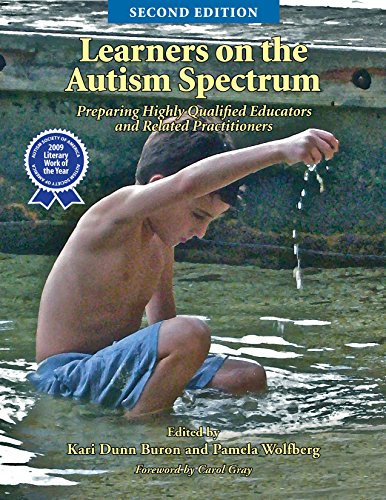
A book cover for Learners on the Autism Spectrum: Preparing Highly Qualified Educators and Related Practitioners; Kari Dunn Buron; Health, Fitness & Dieting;